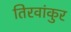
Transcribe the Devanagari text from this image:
तिरवांकुर